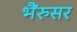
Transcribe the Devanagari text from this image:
भैंरुसर